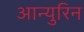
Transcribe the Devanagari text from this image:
आन्युरिन